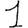
Digit: 1